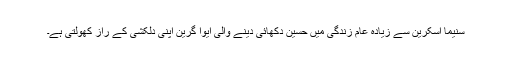
سنیما اسکرین سے زیادہ عام زندگی میں حسین دکھائی دینے والی ایوا گرین اپنی دلکشی کے راز کھولتی ہے۔